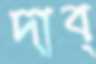
দাব্‌